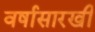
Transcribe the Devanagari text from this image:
वर्षासारखी